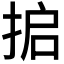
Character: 𰓸